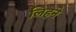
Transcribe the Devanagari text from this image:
लिहने